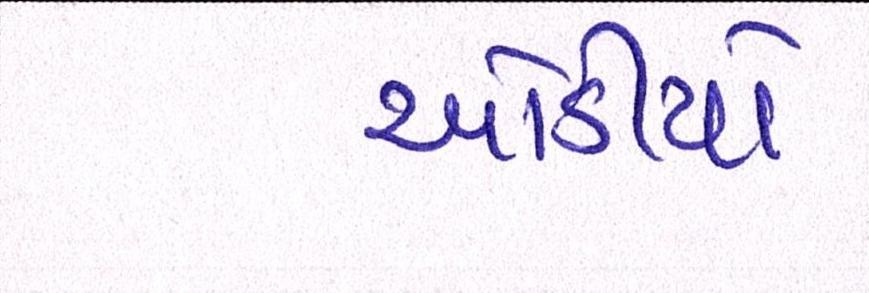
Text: ઓડીયો